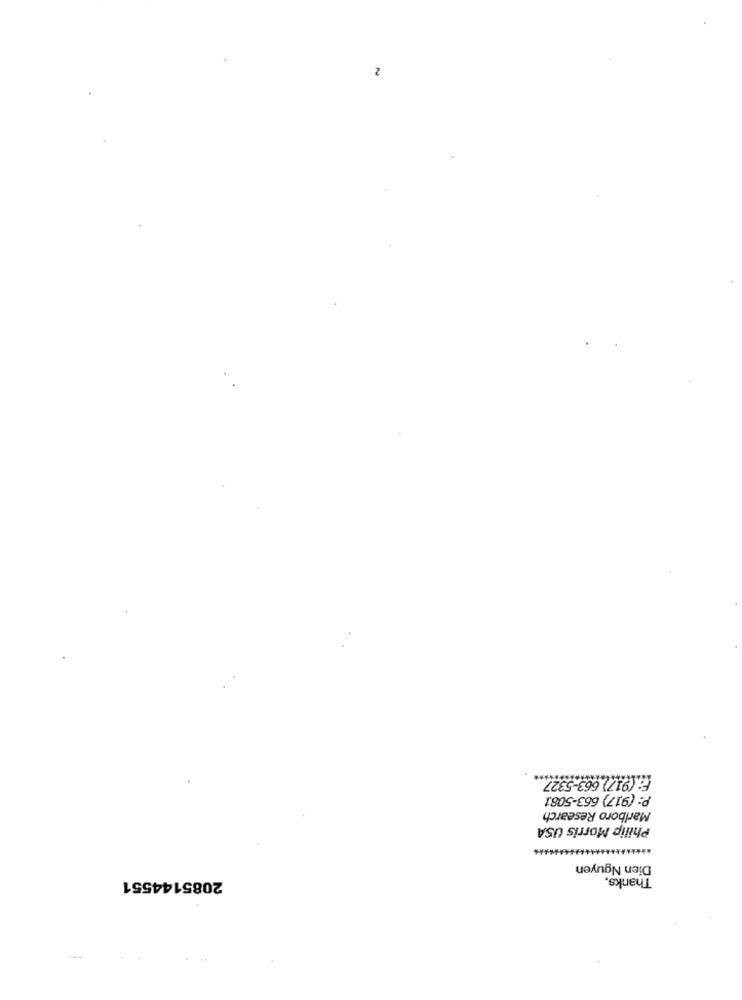
2
F: (917) 663-5327
P: (917) 663-5081
Marlboro Research
Philip Morris USA
Dien Nguyen
Thanks,
2085144551